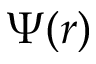
\Psi ( r )